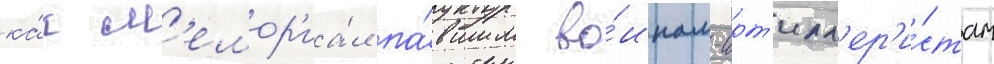
ка́к м'емор'иа́л па́вшим во́инам-арт'илл'ер'и́стам